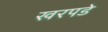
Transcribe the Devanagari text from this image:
खरपडे